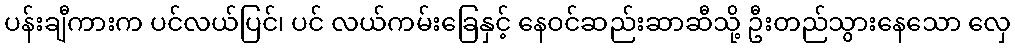
ပန်းချီကားက ပင်လယ်ပြင်၊ ပင် လယ်ကမ်းခြေနှင့် နေဝင်ဆည်းဆာဆီသို့ ဦးတည်သွားနေသော လှေ